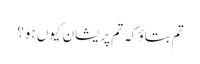
تم بتاؤ کہ تم پریشان کیوں ہو؟